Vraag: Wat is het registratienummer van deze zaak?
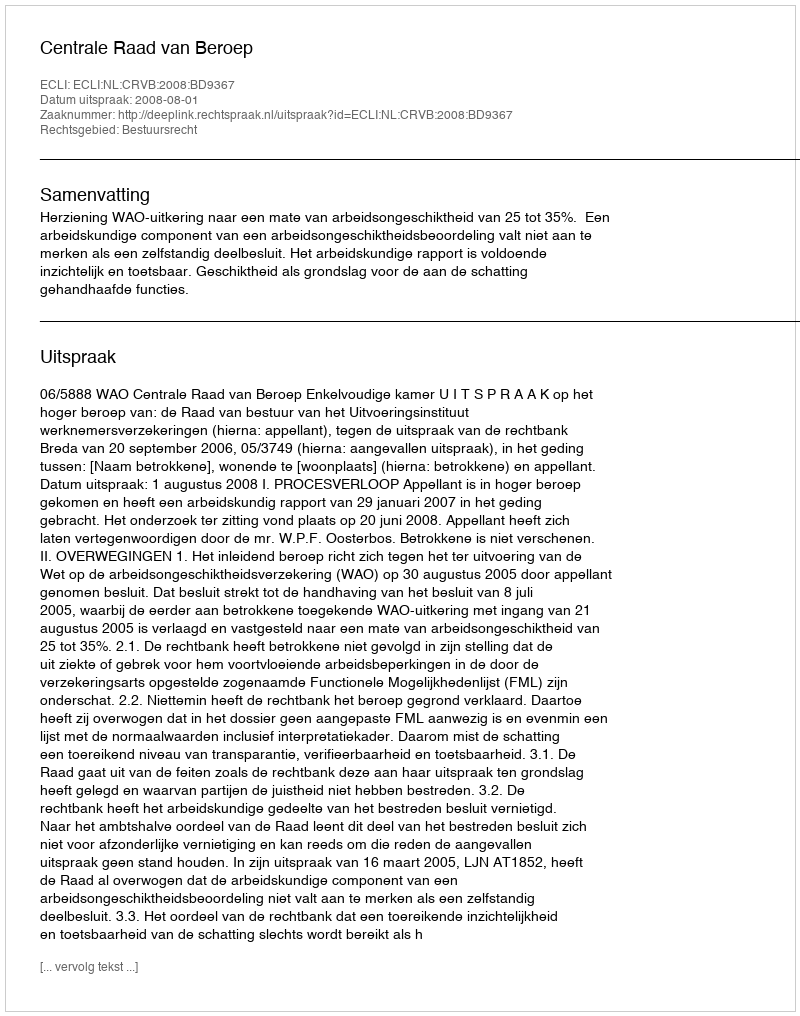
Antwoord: http://deeplink.rechtspraak.nl/uitspraak?id=ECLI:NL:CRVB:2008:BD9367